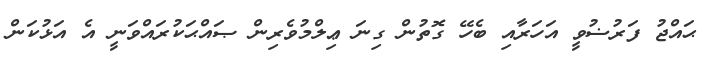
ޙައްޖު ފަރުޟުވީ އަހަރާއި ބެހޭ ގޮތުން ގިނަ ޢިލްމުވެރިން ޞައްޙަކުރައްވަނީ އެ އަޅުކަން